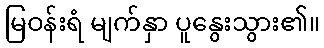
မြဝန်းရံ မျက်နှာ ပူနွေးသွား၏။